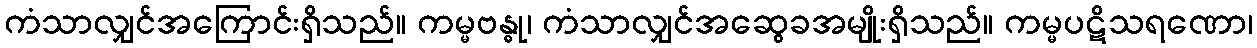
ကံသာလျှင်အကြောင်းရှိသည်။ ကမ္မဗန္ဓု၊ ကံသာလျှင်အဆွေခအမျိုးရှိသည်။ ကမ္မပဋိသရဏော၊